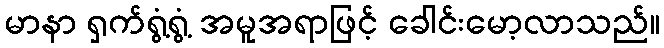
မာနာ ရှက်ရွံ့ရွံ့ အမူအရာဖြင့် ခေါင်းမော့လာသည်။